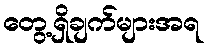
တွေ့ရှိချက်များအရ